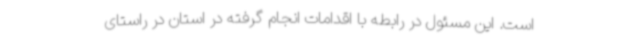
است. این مسئول در رابطه با اقدامات انجام گرفته در استان در راستای